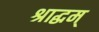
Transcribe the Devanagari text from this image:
श्राद्धम्‌